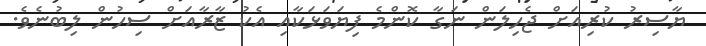
ޔާސިރު ކުރިއަށް ޖެހިލަން ނަގާ ކޮންމެ ފިޔަވަޅަކާއި އެކު ޒާރާއަށް ސިހުން ލިބުނެވެ.